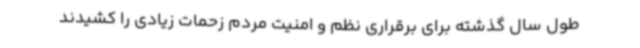
طول سال گذشته برای برقراری نظم و امنیت مردم زحمات زیادی را کشیدند